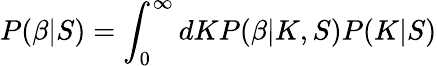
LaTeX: P(\beta|S)=\int_{0}^{\infty}dKP(\beta|K,S)P(K|S)